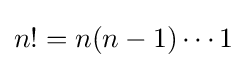
n!=n(n-1)\cdots 1